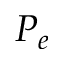
P _ { e }